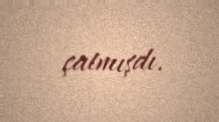
çatmışdı.